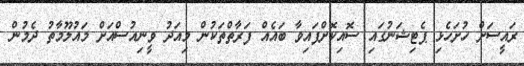
ރައީސަށް ހުށަހެޅި ޕެޓިޝަނުގައި ސޮއިކޮށްފައިވާ ބައެއް ފަރާތްތަކުން މިއަދު ވީނިއުސްއަށް މައުލޫމާތު ދެމުން